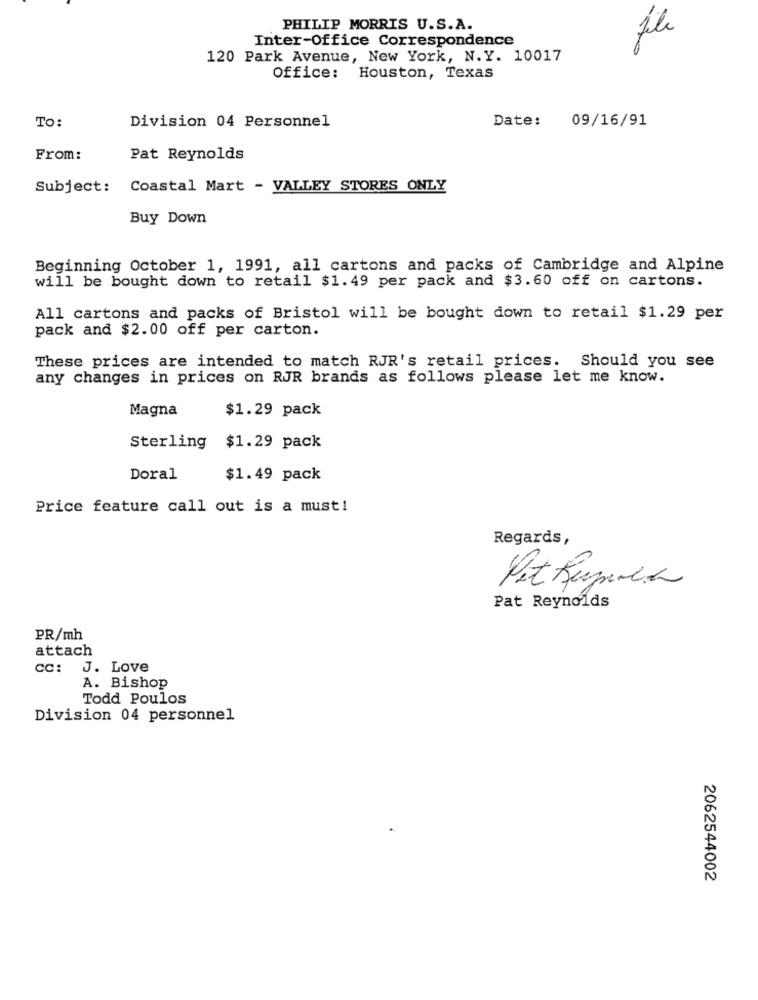
PHILIP MORRIS U.S.A.
Inter-Office Correspondence
120 Park Avenue, New York, N.Y. 10017
Office: Houston, Texas
Division 04 Personnel
Date: 09/16/91
To:
From:
Pat Reynolds
Subject:
Coastal Mart - VALLEY STORES ONLY
Buy Down
Beginning October 1, 1991, all cartons and packs of Cambridge and Alpine
will be bought down to retail $1.49 per pack and $3.60 off on cartons.
All cartons and packs of Bristol will be bought down to retail $1.29 per
pack and $2.00 off per carton.
These prices are intended to match RJR's retail prices. Should you see
any changes in prices on RJR brands as follows please let me know.
Magna
$1.29 pack
Sterling
$1.29 pack
Doral
$1.49 pack
Price feature call out is a must!
Regards,
Pet Kupola
Pat Reynolds
PR/mh
attach
CC:
J. Love
A. Bishop
Todd Poulos
Division 04 personnel
2062544002